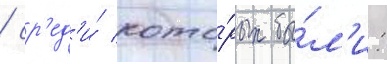
/ ср'ед'и́ кото́рых бы́л'и: